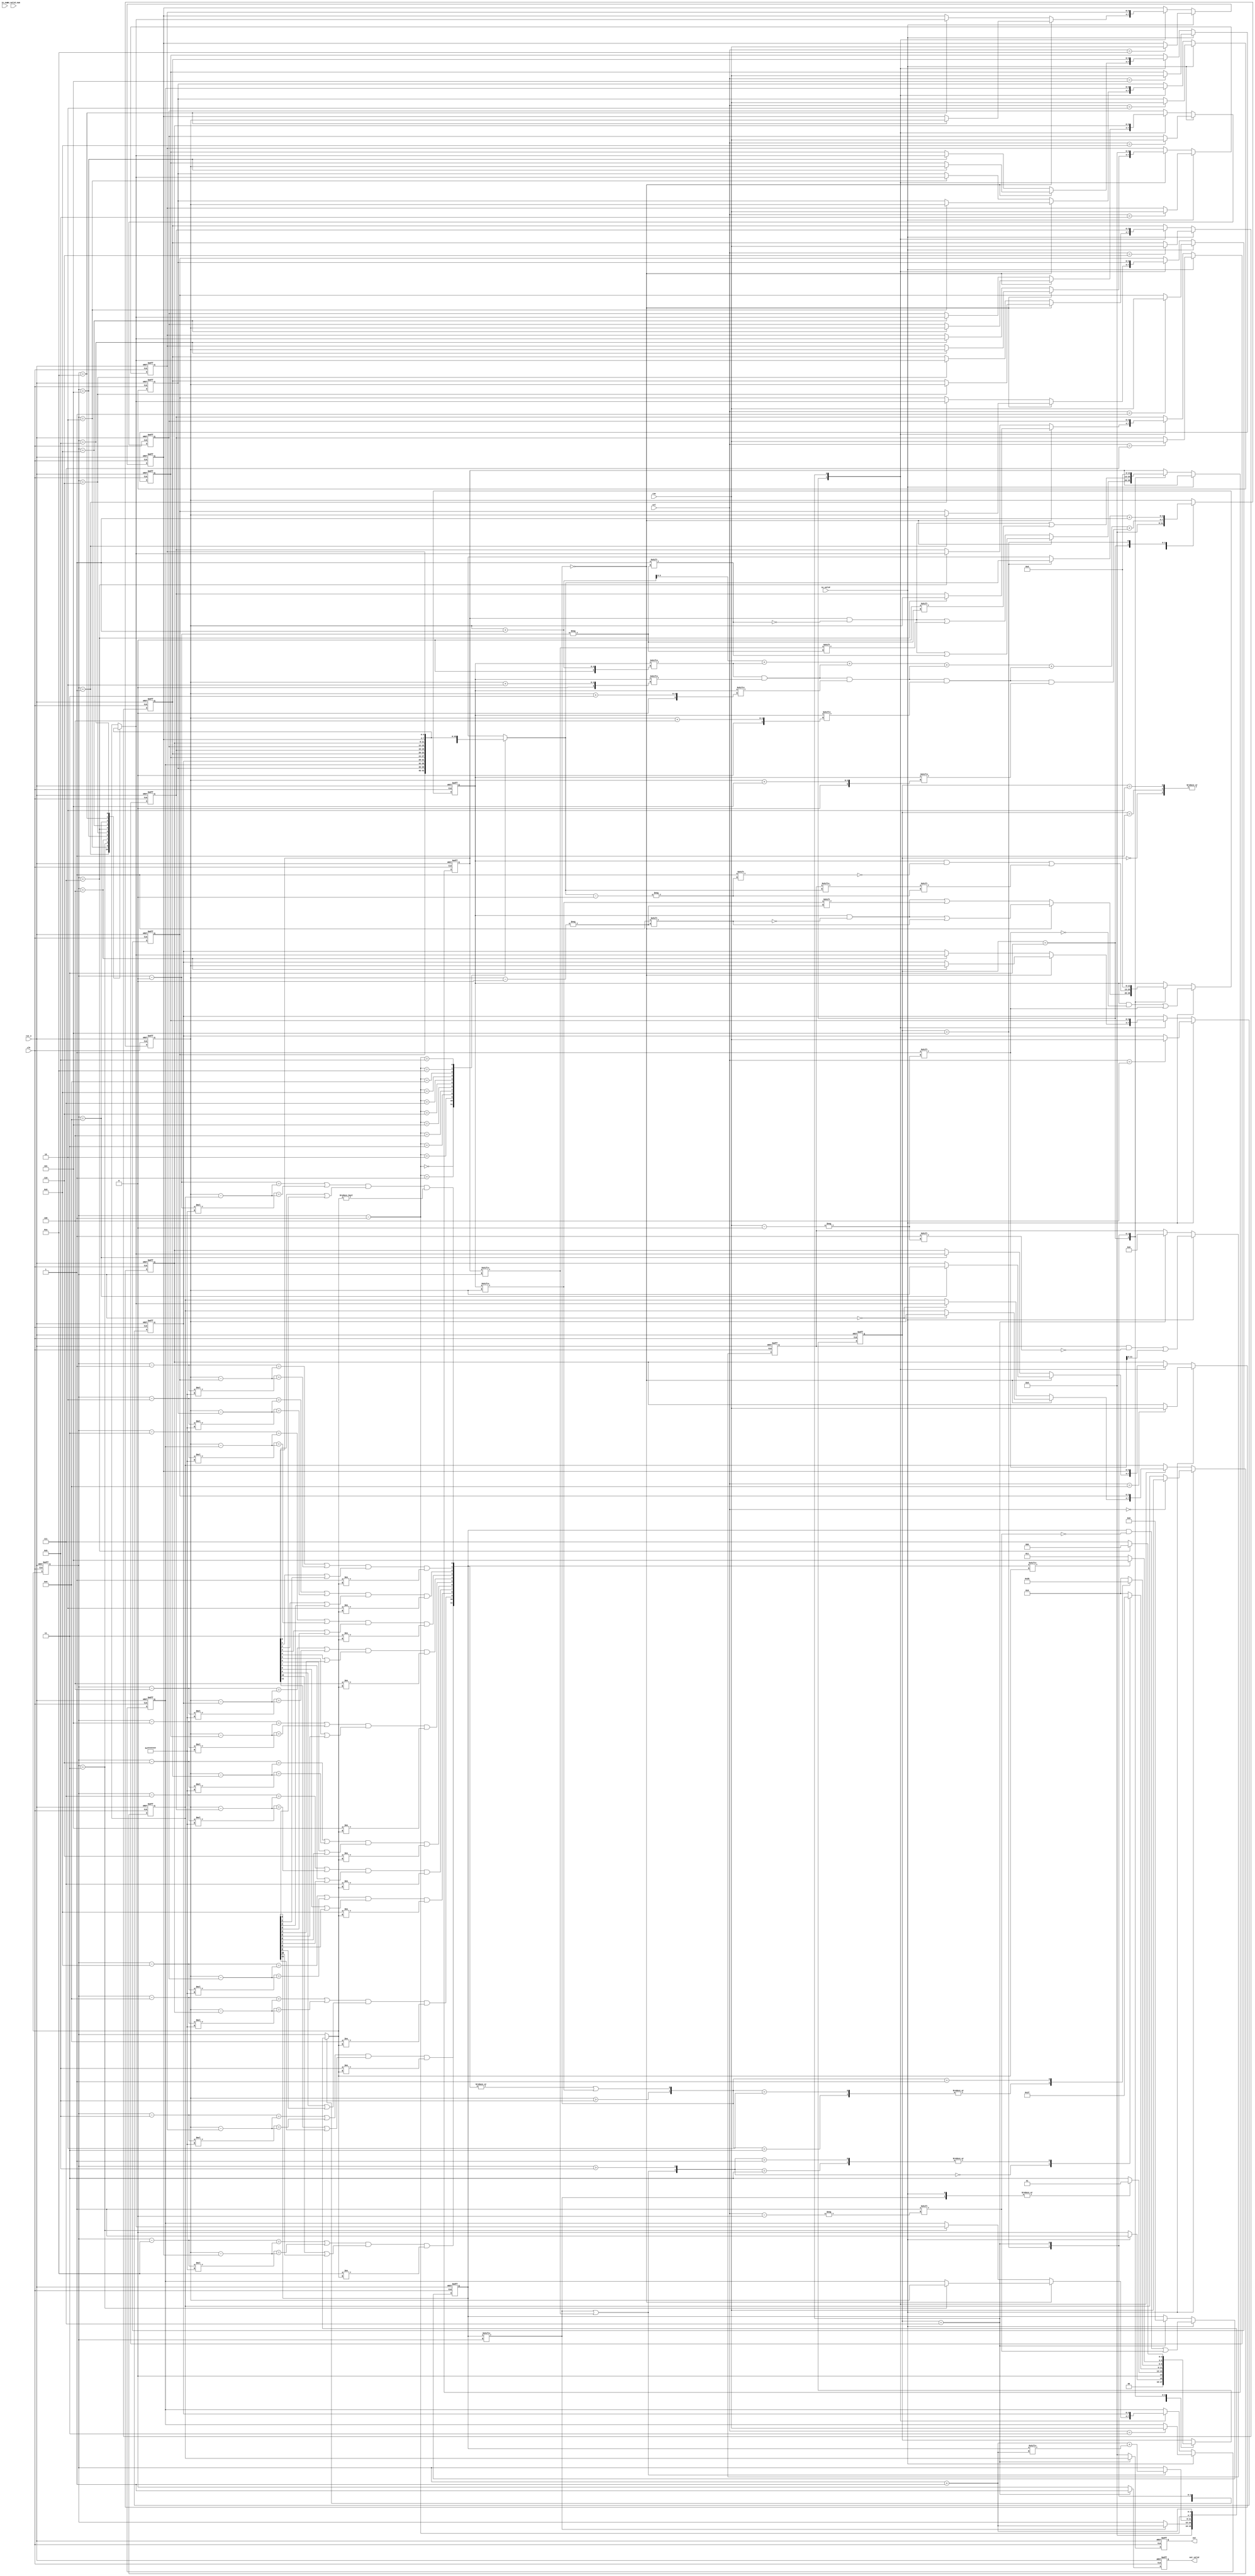
module QUEEN(
    //Input Port
    clk,
    rst_n,

    in_valid,
    col,
    row,

    in_valid_num,
    in_num,

    out_valid,
    out,

    );

input               clk, rst_n, in_valid,in_valid_num;
input       [3:0]   col,row;
input       [2:0]   in_num;

output reg          out_valid;
output reg  [3:0]   out;

//==============================================//
//             Parameter and Integer            //
//==============================================//
parameter s_idle = 3'd0; 
parameter s_input = 3'd1;
parameter s_col_plus = 3'd2;
parameter s_find_row = 3'd3;

parameter s_back = 3'd5;
//parameter s_record = 3'd6;
parameter s_output = 3'd7; 
//parameter s_clear = 3'd4;
//==============================================//
//                 reg declaration              //
//==============================================//
reg [2:0] current_state, next_state;

reg [3:0] ans_row_position [11:0];
reg [15:0] fixed_col_flag;
reg [12:0] fixed_row_flag;
reg [11:0] fixed_row_flag_un;
reg [12:0] testing;


reg [3:0] col_pointer_comb, col_pointer;
reg [3:0] row_pointer_comb, row_pointer;//, row_pointer_temp;

reg [11:0] dia_flag;//, dia_flag_pre, dia_flag_pre2;
reg signed [4:0] k_sub_n_comb[11:0];
reg signed [4:0] col_k_sub_n_comb[11:0],col_k_sub_n_comb_pre[11:0];
reg signed [4:0] k_sub_n_comb_in[11:0];
wire  [3:0] col_pointer_comb_sub1, col_pointer_comb_plus;

wire [3:0] row_pointer_comb_sub1;
reg [1:0] input_change_condition;
reg [1:0] col_change_condition;
wire [4:0] fixed_row_flag_pre;


//==============================================//
//            FSM State Declaration             //
//==============================================//

//OUTPUT control
always @(posedge clk or negedge rst_n) begin
    if(!rst_n)begin
        out_valid <= 'd0;
        out <= 'd0;
    end
    else begin
        if (current_state==s_output) begin
            out_valid <= 'd1;
            out <= ans_row_position[0];
        end
        else begin
             out_valid <= 'd0;
             out <='d0;
        end
    end
end

//current_state
always @(posedge clk or negedge rst_n) begin
    if(!rst_n)
        current_state <= s_idle;
    else
        current_state <= next_state;
end
//next_state

always @(*) begin
    input_change_condition = {in_valid, fixed_col_flag[col_pointer]};
    col_change_condition = {fixed_col_flag[col_pointer]|testing[col_pointer], col_pointer>'d11};
    case(current_state)
    s_idle: if(in_valid) next_state = s_input;
            else         next_state = s_idle;
    s_input: 
        if(~(|input_change_condition))  next_state = s_find_row;
        else                            next_state = s_input;
    s_col_plus:begin
            case(col_change_condition)
            2'b00: next_state = s_find_row;
            2'b01,2'b11: next_state = s_output;
            default: next_state = s_col_plus;
            endcase
    end
    s_find_row:begin
        case({row_pointer>'d11, ((|dia_flag)|(fixed_row_flag[row_pointer]))})
            2'b10,2'b11: next_state =s_back;
            2'b01:       next_state = s_find_row;
            default:     next_state = s_col_plus;
        endcase
    end
    s_back: if(fixed_col_flag[col_pointer_comb]) next_state = s_back;
            else                                      next_state = s_find_row;
    s_output: if(col_pointer=='d7) next_state = s_idle;
             else                  next_state = s_output;
    default: next_state = current_state;
    endcase
end


//Combinational-pointer reg
always @(posedge clk or negedge rst_n) begin
    if(!rst_n)begin
        col_pointer <= 'd0;
        row_pointer <= 'd0;
    end
    else begin
        col_pointer <= col_pointer_comb;
        row_pointer <= row_pointer_comb;
    end
end

//Combinational-pointer ctr
always @(*) begin
    case(current_state)
    s_idle: begin
        row_pointer_comb = 'b0;
        col_pointer_comb = 'b0;
        end

    s_input: begin
        row_pointer_comb = 'b0;
        if(fixed_col_flag[col_pointer])    col_pointer_comb = col_pointer_comb_plus;
        else                                    col_pointer_comb = col_pointer;
        end
    s_col_plus: begin    //2
        if(fixed_col_flag[col_pointer]|testing[col_pointer])    col_pointer_comb = col_pointer_comb_plus + fixed_col_flag[col_pointer_comb_plus];
        else                                                    col_pointer_comb = col_pointer;
        row_pointer_comb = 'b0;// (fixed_row_flag[0])+fixed_row_flag[0]&fixed_row_flag[1];
        /*
        case(fixed_row_flag_un)
        12'b0xxx_xxxx_xxxx: row_pointer_comb = 'b0;
        12'b10xx_xxxx_xxxx: row_pointer_comb = 'd1;
        12'b110x_xxxx_xxxx: row_pointer_comb = 'd2;
        12'b1110_xxxx_xxxx: row_pointer_comb = 'd3;
        12'b1111_0xxx_xxxx: row_pointer_comb = 'd4;
        12'b1111_10xx_xxxx: row_pointer_comb = 'd5;
        12'b1111_110x_xxxx: row_pointer_comb = 'd6;
        12'b1111_1110_xxxx: row_pointer_comb = 'd7;
        12'b1111_1111_0xxx: row_pointer_comb = 'd8;
        12'b1111_1111_10xx: row_pointer_comb = 'd9;
        12'b1111_1111_110x: row_pointer_comb = 'd10;
        12'b1111_1111_1110: row_pointer_comb = 'd11;
        default: row_pointer_comb = 'b0;
        endcase
        */

    end
    s_find_row:begin  //3
        row_pointer_comb=row_pointer+'d1+(fixed_row_flag_pre[0])+(fixed_row_flag_pre[1])+fixed_row_flag_pre[2]+fixed_row_flag_pre[3]+fixed_row_flag_pre[4];//+fixed_row_flag_pre[5]+fixed_row_flag_pre[6]+fixed_row_flag_pre[7]+fixed_row_flag_pre[8]+fixed_row_flag_pre[9];
        col_pointer_comb = col_pointer;
    end
    s_back: begin
        col_pointer_comb = col_pointer_comb_sub1;
        row_pointer_comb = ans_row_position[col_pointer_comb_sub1]+'d1;
    end
    s_output: begin //7
        col_pointer_comb = col_pointer_comb_plus;
        row_pointer_comb = row_pointer;
    end
    default: begin
        row_pointer_comb = row_pointer;
        col_pointer_comb = col_pointer;
    end
    endcase
end

//forward look in y-direction
assign fixed_row_flag_pre[0] = fixed_row_flag[row_pointer+'d1];
assign fixed_row_flag_pre[1] = fixed_row_flag_pre[0]&fixed_row_flag[row_pointer+'d2];
assign fixed_row_flag_pre[2] = fixed_row_flag_pre[1]&fixed_row_flag[row_pointer+'d3];
assign fixed_row_flag_pre[3] = fixed_row_flag_pre[2]&fixed_row_flag[row_pointer+'d4];
assign fixed_row_flag_pre[4] = fixed_row_flag_pre[3]&fixed_row_flag[row_pointer+'d5];

// Dia-check
genvar i;
generate
    for(i = 0;i<12;i=i+1)begin: loop_1
        always @(*) begin
            k_sub_n_comb[i] = $signed({1'b0,col_pointer}) - $signed(i);
            k_sub_n_comb_in[i] = k_sub_n_comb[i] * -'d1;
            col_k_sub_n_comb[i] = $signed({1'b0,row_pointer}) - $signed({1'b0,ans_row_position[i]});
            dia_flag[i] = ((k_sub_n_comb[i]==col_k_sub_n_comb[i])|(k_sub_n_comb_in[i] ==col_k_sub_n_comb[i]))&(testing[i]|fixed_col_flag[i])&(i!=col_pointer_comb);
        end
    end
endgenerate

//some extras
assign col_pointer_comb_sub1 = col_pointer -'d1;
assign col_pointer_comb_plus = col_pointer +'d1;
assign row_pointer_comb_sub1 = ans_row_position[col_pointer_comb_sub1];


//==============================================//
//                  Input Block                 //
//==============================================//

always@(posedge clk or negedge rst_n)begin
    if(!rst_n)begin
        ans_row_position[11] <='d0;
        ans_row_position[10] <='d0;ans_row_position[9] <='d0;ans_row_position[8] <='d0;
        ans_row_position[7] <='d0;ans_row_position[6] <='d0;ans_row_position[5] <='d0;
        ans_row_position[4] <='d0;ans_row_position[3] <='d0;ans_row_position[2] <='d0;
        ans_row_position[1] <='d0;ans_row_position[0] <='d0;
        
        fixed_row_flag<='d0; 
        fixed_col_flag<='d0;    
        testing<='d0;
        fixed_row_flag_un<='d0;
    end
    
    else if(in_valid)begin
        ans_row_position[col] <= row;
        fixed_col_flag[col]<='d1; //span in x-direction.
        fixed_row_flag[row]<='d1; //span in y-direction.
        fixed_row_flag_un[row]<='d1;
    end
    
    else begin
    case(current_state)
        s_find_row:begin
            if({row_pointer>'d11, ((|dia_flag)|(fixed_row_flag[row_pointer]))}=='b0)begin
                testing[col_pointer] <= 'd1;
                ans_row_position[col_pointer] <= row_pointer;
                fixed_row_flag[row_pointer]<='d1;
            end
            else begin
                testing[col_pointer] <= testing[col_pointer];
                ans_row_position[col_pointer] <= ans_row_position[col_pointer];
                fixed_row_flag[row_pointer]<=fixed_row_flag[row_pointer];
            end
        end
        s_back:begin
            testing[col_pointer]<='d0;
            fixed_row_flag[row_pointer_comb_sub1] <= fixed_row_flag_un[row_pointer_comb_sub1];
        end
        s_output: begin
            ans_row_position[11] <= 'd0;
            ans_row_position[10] <= ans_row_position[11];
            ans_row_position[9] <= ans_row_position[10];
            ans_row_position[8] <= ans_row_position[9];
            ans_row_position[7] <= ans_row_position[8];
            ans_row_position[6] <= ans_row_position[7];
            ans_row_position[5] <= ans_row_position[6];
            ans_row_position[4] <= ans_row_position[5];
            ans_row_position[3] <= ans_row_position[4];
            ans_row_position[2] <= ans_row_position[3]; 
            ans_row_position[1] <= ans_row_position[2];
            ans_row_position[0] <= ans_row_position[1];

            fixed_row_flag<= 'd0; 
            fixed_col_flag<='d0;    
            testing <= 'd0;
            fixed_row_flag_un<='d0;
        end

        default:begin
            ans_row_position[11] <=ans_row_position[11];
            ans_row_position[10] <=ans_row_position[10];ans_row_position[9] <=ans_row_position[9];ans_row_position[8] <=ans_row_position[8];
            ans_row_position[7] <=ans_row_position[7] ;ans_row_position[6] <=ans_row_position[6] ;ans_row_position[5] <=ans_row_position[5] ;
            ans_row_position[4] <=ans_row_position[4] ;ans_row_position[3] <=ans_row_position[3] ;ans_row_position[2] <=ans_row_position[2] ;
            ans_row_position[1] <=ans_row_position[1] ;ans_row_position[0] <=ans_row_position[0] ;
            
            fixed_row_flag<= fixed_row_flag; 
            fixed_col_flag<=fixed_col_flag;    
            testing <= testing;
            fixed_row_flag_un<=fixed_row_flag_un;
        end
    endcase
    end
end
//GOOD LUCKY

endmodule